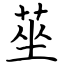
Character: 莝